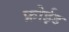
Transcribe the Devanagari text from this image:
फ्रोईड